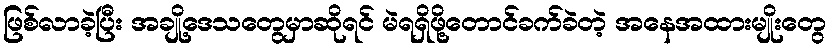
ဖြစ်လာခဲ့ပြီး အချို့ဒေသတွေမှာဆိုရင် မဲရရှိဖို့တောင်ခက်ခဲတဲ့ အနေအထားမျိုးတွေ